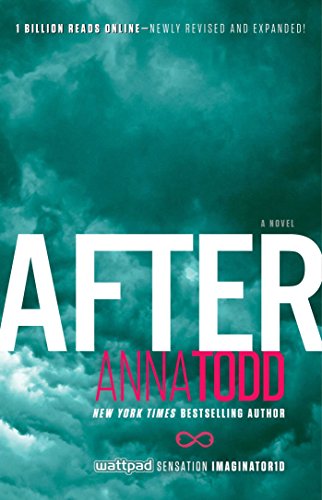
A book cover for After (The After Series); Anna Todd; Romance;